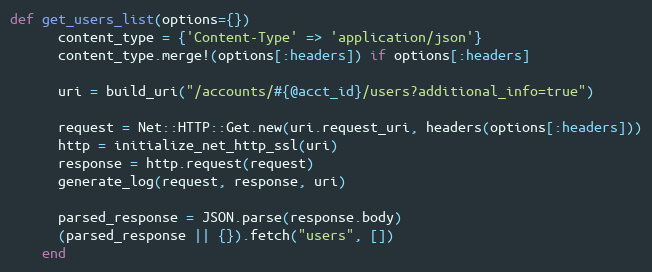
Language: Ruby
def get_users_list(options={})
      content_type = {'Content-Type' => 'application/json'}
      content_type.merge!(options[:headers]) if options[:headers]

      uri = build_uri("/accounts/#{@acct_id}/users?additional_info=true")

      request = Net::HTTP::Get.new(uri.request_uri, headers(options[:headers]))
      http = initialize_net_http_ssl(uri)
      response = http.request(request)
      generate_log(request, response, uri)

      parsed_response = JSON.parse(response.body)
      (parsed_response || {}).fetch("users", [])
    end